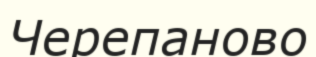
Черепаново